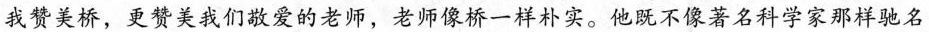
我赞美桥，更赞美我们敬爱的老师，老师像桥一样朴实。他既不像著名科学家那样驰名